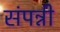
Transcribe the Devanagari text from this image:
संपन्नी